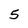
Character: 5